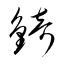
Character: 錡